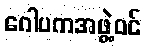
ဂေါပကအဖွဲ့ဝင်